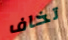
تخاف